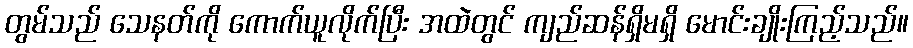
တွမ်သည် သေနတ်ကို ကောက်ယူလိုက်ပြီး အထဲတွင် ကျည်ဆန်ရှိမရှိ မောင်းချိုးကြည့်သည်။